Civil Veterinary Department Bengal reports 1933-51 - 1933-1951
Year: 1933
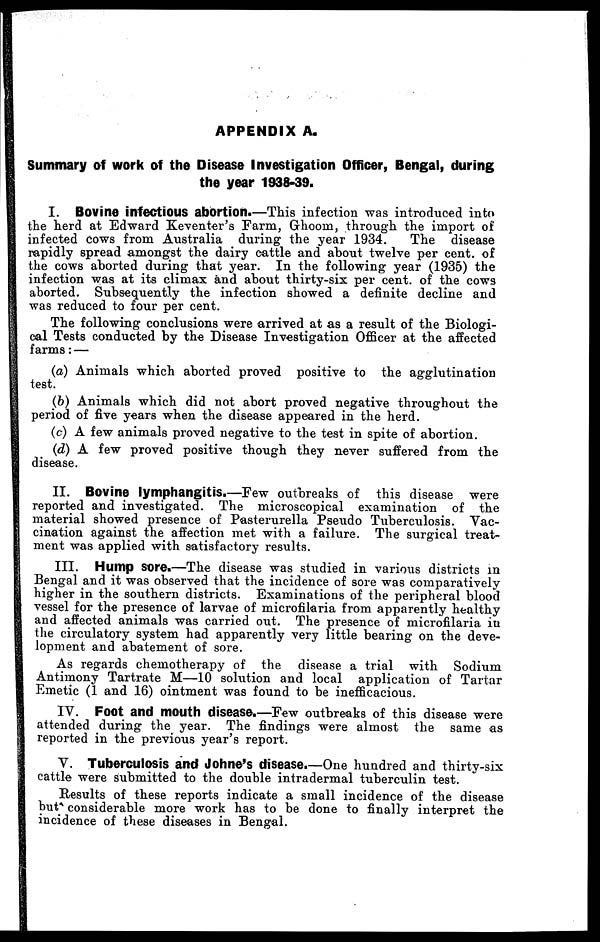
APPENDIX A.
Summary of work of the Disease Investigation Officer, Bengal, during
the year 1938-39.
I. Bovine infectious abortion.—This infection was introduced into
the herd at Edward Keventer's Farm, Ghoom, through the import of
infected Cows from Australia during the year 1934.
The disease
rapidly spread amongst the dairy cattle and about twelve per cent of
the cows aborted during that year. In the following year (1935) the
infection was at its climax and about thirty-six per cent of the cows
aborted. Subsequently the infection showed a definite decline and
was reduced to four per cent.
The following conclusions were arrived at as a result of the Biologi-
cal Tests conducted by the Disease Investigation Officer at the affected
farms: —
(a) Animals which aborted proved positive to the agglutination
test.
(b) Animals which did not abort proved negative throughout the
period of five years when the disease appeared in the herd.
(c) A few animals proved negative to the test in spite of abortion.
(d) A few proved positive though they never suffered from the
disease.
II. Bovine lymphangitis.—Few outbreaks of this disease were
reported and investigated. The microscopical examination of the
material showed presence of Pasterurella Pseudo Tuberculosis. Vac-
cination against the affection met with a failure. The surgical treat-
ment was applied with satisfactory results.
III. Hump sore.—The disease was studied in various districts in
Bengal and it was observed that the incidence of sore was comparatively
higher in the southern districts. Examinations of the peripheral blood
vessel for the presence of larvae of microfilaria from apparently healthy
and affected animals was carried out. The presence of microfilaria in
the circulatory system had apparently very little bearing on the deve-
lopment and abatement of sore.
As regards chemotherapy of the disease a trial with Sodium
Antimony Tartrate M—10 solution and local application of Tartar
Emetic (1 and 16) ointment was found to be inefficacious.
IV. Foot and mouth disease.—Few outbreaks of this disease were
attended during the year. The findings were almost the same as
reported in the previous year's report.
V. Tuberculosis and Johne's disease.—One hundred and thirty-six
cattle were submitted to the double intradermal tuberculin test.
Results of these reports indicate a small incidence of the disease
but considerable more work has to be done to finally interpret the
incidence of these diseases in Bengal.